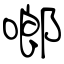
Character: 啷